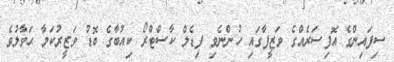
ސިފައިންގެ އޮފިސަރެއްގެ ވަޒީފާގައި ހުންނެވި ފިޑެލް ކާސްޓްރޯ ކިއުބާގެ ބޮޑު ވަޒީރުކަމާ ޙަވާލުވެ